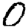
Digit: 0